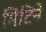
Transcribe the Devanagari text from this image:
मिटिने